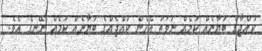
ކުއްޖާގެ ބަޔާނެއް ކަމެއް ނުވަތަ އެހެން ކުއްޖެއްގެ ބަޔާނެއް ކަމެއް ނޭނގެ އެވެ.